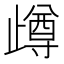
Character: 𣦝